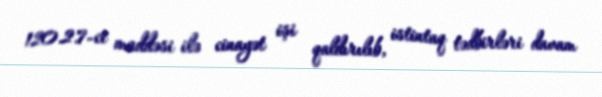
120.2.7-ci maddəsi ilə cinayət işi qaldırılıb, istintaq tədbirləri davam